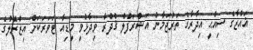
ޣައްޒާގެ ސިއްޙީ އިދާރާގެ ތަރުޖަމާނު އަޝްރަފުލް ޤުދްރާ ވިދާޅުވީ މީޑިއާ ޓަވަރަކަށް އިޒްރޭލުގެ